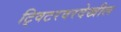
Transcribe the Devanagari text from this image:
ट्विटरवरदेखील